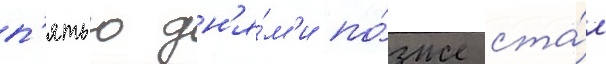
п'ятью дн'я́м'и по́зже ста́л